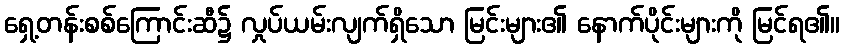
ရှေ့တန်းစစ်ကြောင်းဆီ၌ လှုပ်ယမ်းလျက်ရှိသော မြင်းများ၏ နောက်ပိုင်းများကို မြင်ရ၏။